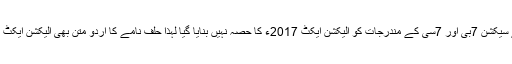
چونکہ اس قانون کے سیکشن 7بی اور 7سی کے مندرجات کو الیکشن ایکٹ 2017ء کا حصہ نہیں بنایا گیا لہٰذا حلف نامے کا اردو متن بھی الیکشن ایکٹ 2017ء میں نہیں آیا۔